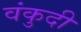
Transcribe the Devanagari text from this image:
वंकुदी